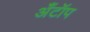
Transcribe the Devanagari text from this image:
अँटॉप